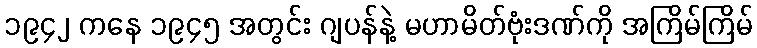
၁၉၄၂ ကနေ ၁၉၄၅ အတွင်း ဂျပန်နဲ့ မဟာမိတ်ဗုံးဒဏ်ကို အကြိမ်ကြိမ်